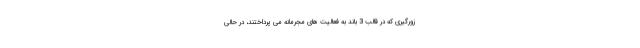
زورگیری که در قالب 3 باند به فعالیت های مجرمانه می پرداختند، در حالی